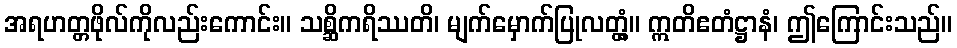
အရဟတ္တဖိုလ်ကိုလည်းကောင်း။ သစ္ဆိကရိဿတိ၊ မျက်မှောက်ပြုလတ္တံ့။ ဣတိဧတံဋ္ဌာနံ၊ ဤကြောင်းသည်။